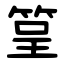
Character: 䇸